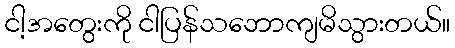
ငါ့အတွေးကို ငါပြန်သဘောကျမိသွားတယ်။